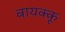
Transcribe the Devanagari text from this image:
बायक्कू